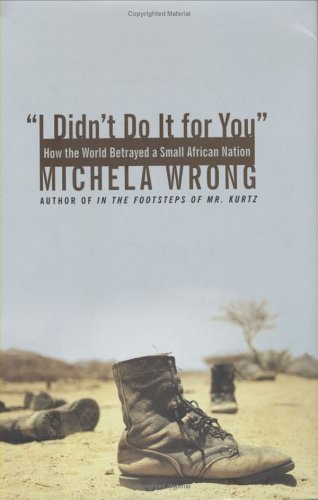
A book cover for I Didn't Do It for You: How the World Betrayed a Small African Nation; Michela Wrong; History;